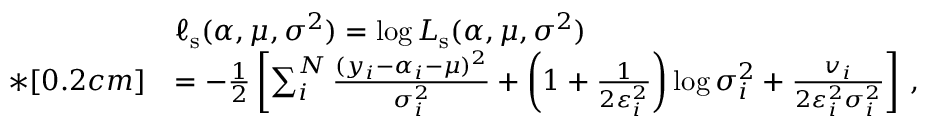
\begin{array} { r l } & { \ell _ { \mathrm { s } } ( \boldsymbol { \alpha } , \mu , \boldsymbol { \sigma ^ { 2 } } ) = \log L _ { \mathrm { s } } ( \boldsymbol { \alpha } , \mu , \boldsymbol { \sigma ^ { 2 } } ) } \\ { * [ 0 . 2 c m ] } & { = - \frac { 1 } { 2 } \left[ \sum _ { i } ^ { N } \frac { ( y _ { i } - \alpha _ { i } - \mu ) ^ { 2 } } { \sigma _ { i } ^ { 2 } } + \left( 1 + \frac { 1 } { 2 \varepsilon _ { i } ^ { 2 } } \right) \log { \sigma _ { i } ^ { 2 } } + \frac { v _ { i } } { 2 \varepsilon _ { i } ^ { 2 } \sigma _ { i } ^ { 2 } } \right] \, , } \end{array}